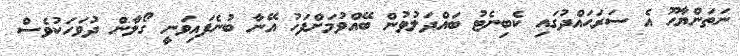
ނަތަންޔާހޫ އެ ސަރަޙައްދުގައި ކެބިނެޓު ބައްދަލުވުން ބޭއްވުމަށްފަހު އޭނާ ބުނެފައިވަނީ ގޯލާން ދުވަހަކުވެސް